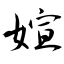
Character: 媗